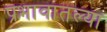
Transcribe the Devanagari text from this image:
प्रभावातल्या